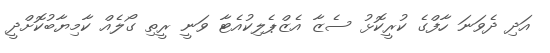
އަދި ދެވަނަ ހާފްގެ ކުރީކޮޅު ސެޒާ އެޒްޕެލިކުއެޓާ ވަނީ ރީތި ގޯލެއް ކާމިޔާބުކޮށްދީ